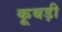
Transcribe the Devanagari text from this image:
कूबड़ी